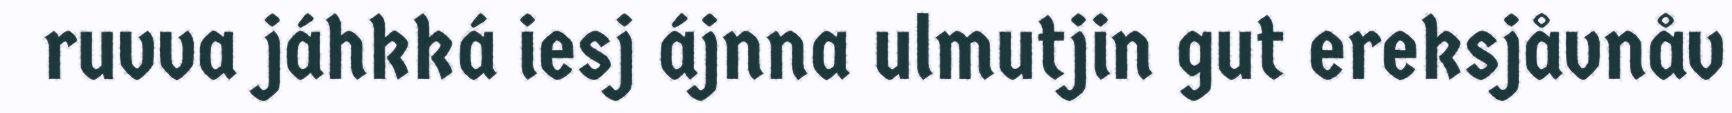
ruvva jáhkká iesj ájnna ulmutjin gut ereksjåvnåv